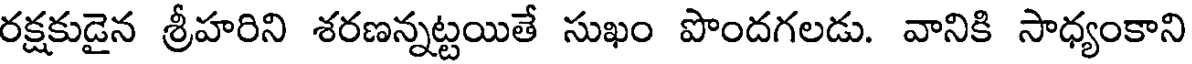
రక్షకుడైన శ్రీహరిని శరణన్నట్టయితే సుఖం పొందగలడు. వానికి సాధ్యంకాని